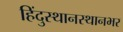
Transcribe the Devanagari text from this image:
हिंदुस्थानस्थानभर